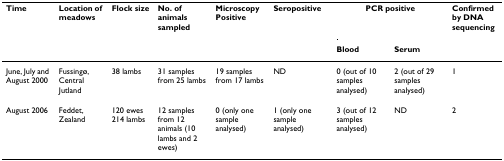
<table><thead><tr><td><b>Time</b></td><td><b>Location of meadows</b></td><td><b>Flock size</b></td><td><b>No. of animals sampled</b></td><td><b>Microscopy Positive</b></td><td><b>Seropositive</b></td><td colspan="2"><b>PCR positive</b></td><td><b>Confirmed by DNA sequencing</b></td></tr><tr><td></td><td></td><td></td><td></td><td></td><td></td><td><b>Blood</b></td><td><b>Serum</b></td><td></td></tr></thead><tbody><tr><td>June, July and August 2000</td><td>Fussingø, Central Jutland</td><td>38 lambs</td><td>31 samples from 25 lambs</td><td>19 samples from 17 lambs</td><td>ND</td><td>0 (out of 10 samples analysed)</td><td>2 (out of 29 samples analysed)</td><td>1</td></tr><tr><td>August 2006</td><td>Feddet, Zealand</td><td>120 ewes 214 lambs</td><td>12 samples from 12 animals (10 lambs and 2 ewes)</td><td>0 (only one sample analysed)</td><td>1 (only one sample analysed)</td><td>3 (out of 12 samples analysed)</td><td>ND</td><td>2</td></tr></tbody></table>